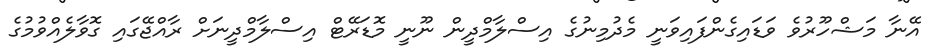
އޭނާ މަޝްހޫރުވެ ވަޑައިގެންފައިވަނީ މެދުމިނުގެ އިސްލާމްދީން ނޫނީ މޮޑަރޭޓް އިސްލާމްދީނަށް ރާއްޖޭގައި ގޮވާލެއްވުމުގެ